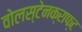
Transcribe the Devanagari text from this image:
वोलस्टेनक्राफ्ट